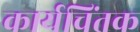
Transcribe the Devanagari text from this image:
कार्यचिंतक